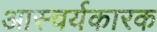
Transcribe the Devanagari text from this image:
आस्चर्यकारक